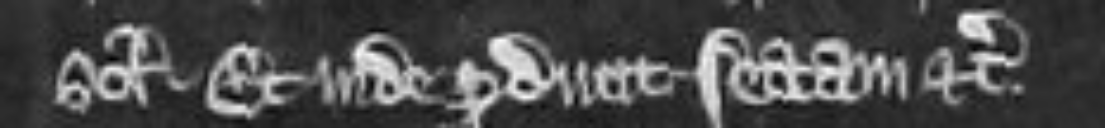
solidorum. Et inde producit sectam etc.